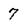
Character: 7